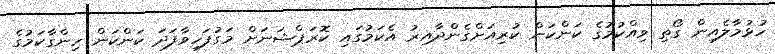
ހުޅުމާލެއިން ގޯތި ވިއްކުމުގެ ކަންކަން ކުރިއަށްގެންދާއިރު އެކަމުގައި ކޮރަޕްޝަނަށް މަގުފަހިވާފަދަ ކަންކަން ހިންގާކަމުގެ